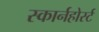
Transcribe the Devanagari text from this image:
स्कार्नहोर्स्ट